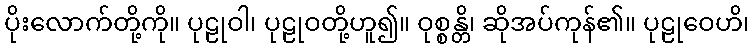
ပိုးလောက်တို့ကို။ ပုဠုဝါ၊ ပုဠုဝတို့ဟူ၍။ ဝုစ္စန္တိ၊ ဆိုအပ်ကုန်၏။ ပုဠုဝေဟိ၊